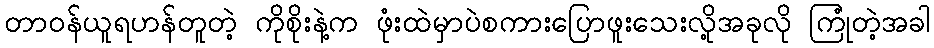
တာဝန်ယူရဟန်တူတဲ့ ကိုစိုးနဲ့က ဖုံးထဲမှာပဲစကားပြောဖူးသေးလို့အခုလို ကြုံတဲ့အခါ